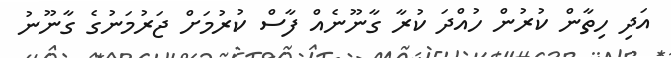
އަދި ހިތާން ކުރުން ހުއްދަ ކުރާ ގާނޫނެއް ފާސް ކުރުމަށް ޖަރުމަނުގެ ގާނޫނު